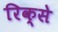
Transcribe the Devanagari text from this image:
रिक्से